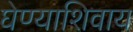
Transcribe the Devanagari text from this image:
घेण्याशिवाय